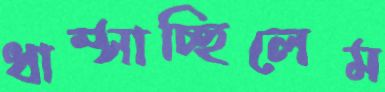
ধাম্‌সাচ্ছিলেম